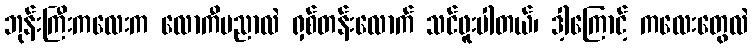
ဘုန်းကြီးကလေးက လောကီပညာလဲ ရှစ်တန်းလောက် သင်ဖူးပါတယ်၊ ဒါ့ကြောင့် ကလေးတွေလဲ